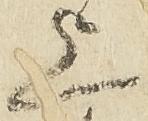
上